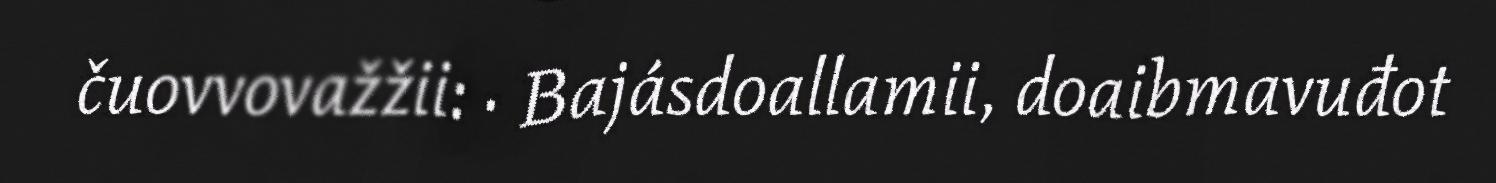
čuovvovažžii: · Bajásdoallamii, doaibmavuđot